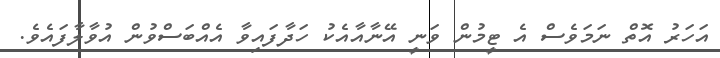
އަހަރު އޮތް ނަމަވެސް އެ ޓީމުން ވަނީ އޭނާއާއެކު ހަދާފައިވާ އެއްބަސްވުން އުވާލާފައެވެ.